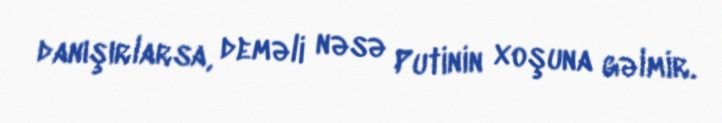
danışırlarsa, deməli nəsə Putinin xoşuna gəlmir.